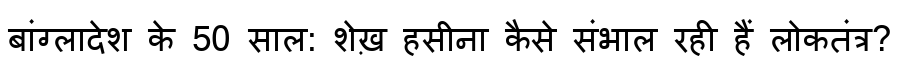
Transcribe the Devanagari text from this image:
बांग्लादेश के 50 साल: शेख़ हसीना कैसे संभाल रही हैं लोकतंत्र?